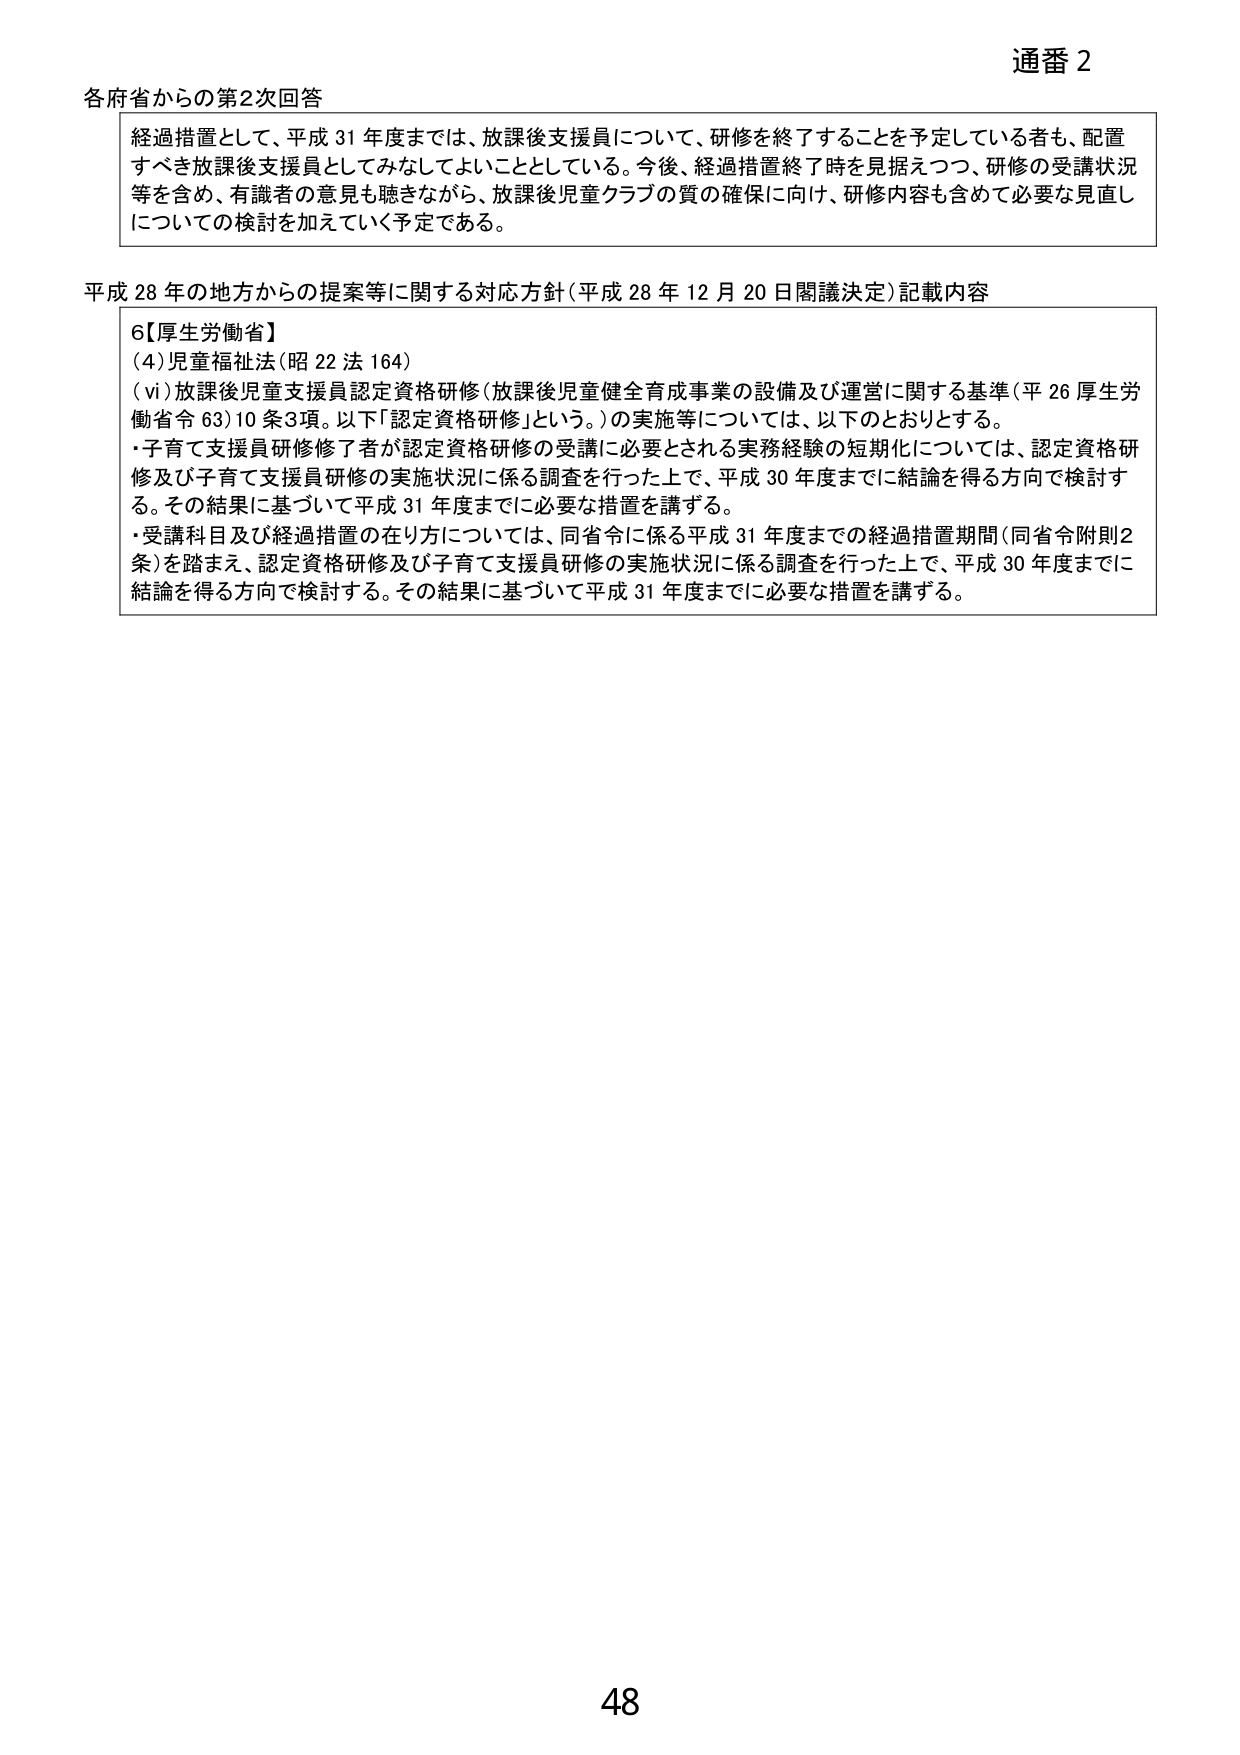
通番 2

各府省からの第2次回答

経過措置として、平成31年度までは、放課後支援員について、研修を終了することを予定している者も、配置すべき放課後支援員としてみなしてよいこととしている。今後、経過措置終了時を見据えつつ、研修の受講状況等を含め、有識者の意見も聴きながら、放課後児童クラブの質の確保に向け、研修内容も含めて必要な見直しについての検討を加えていく予定である。

平成28年の地方からの提案等に関する対応方針（平成28年12月20日閣議決定）記載内容

6【厚生労働省】
(4) 児童福祉法（昭22法164）
(vi) 放課後児童支援員認定資格研修（放課後児童健全育成事業の設備及び運営に関する基準（平26厚生労働省令63）10条3項。以下「認定資格研修」という。）の実施等については、以下のとおりとする。
・子育て支援員研修修了者が認定資格研修の受講に必要とされる実務経験の短期化については、認定資格研修及び子育て支援員研修の実施状況に係る調査を行った上で、平成30年度までに結論を得る方向で検討する。その結果に基づいて平成31年度までに必要な措置を講ずる。
・受講科目及び経過措置の在り方については、同省令に係る平成31年度までの経過措置期間（同省令附則2条）を踏まえ、認定資格研修及び子育て支援員研修の実施状況に係る調査を行った上で、平成30年度までに結論を得る方向で検討する。その結果に基づいて平成31年度までに必要な措置を講ずる。

48